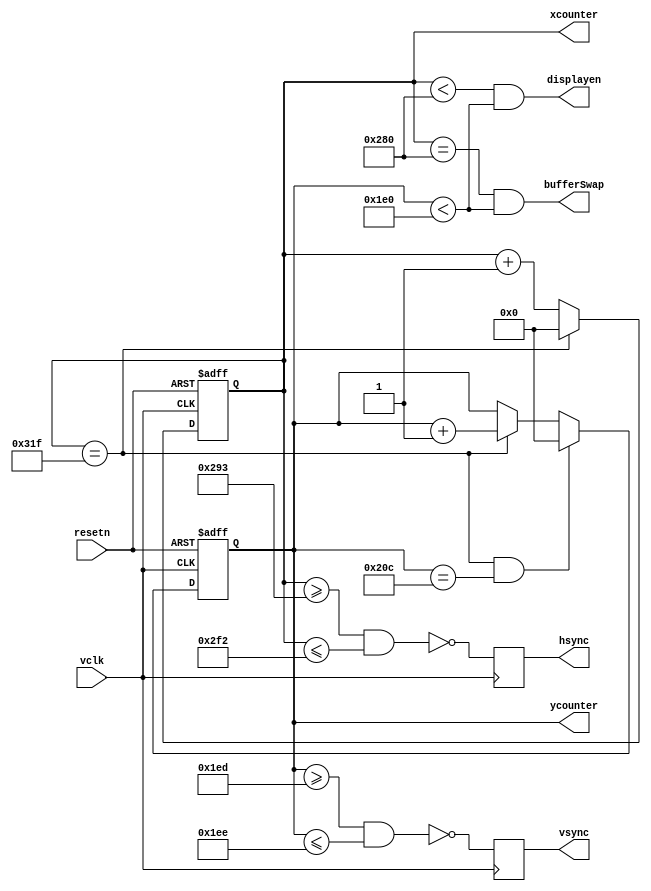
//VGA Controller
//xcounter and ycounter are pixel position currently drawn (when displayen is high)
//vsync and hsync outputs are active HIGH here (need to invert later)

module Crtc(
	input resetn,
	input vclk, 
	output reg [9:0] xcounter, 
	output reg [9:0] ycounter, 
	output displayen, 
	output reg hsync, 
	output reg vsync,
	output bufferSwap);

	wire xcounter_clear, ycounter_clear;
	
	//Timing information
	parameter C_VERT_NUM_PIXELS  = 10'd480;
	parameter C_VERT_SYNC_START  = 10'd493;
	parameter C_VERT_SYNC_END    = 10'd494; //(C_VERT_SYNC_START + 2 - 1); 
	parameter C_VERT_TOTAL_COUNT = 10'd525;

	parameter C_HORZ_NUM_PIXELS  = 10'd640;
	parameter C_HORZ_SYNC_START  = 10'd659;
	parameter C_HORZ_SYNC_END    = 10'd754; //(C_HORZ_SYNC_START + 96 - 1); 
	parameter C_HORZ_TOTAL_COUNT = 10'd800;

	
	//--- Horizontal Counter
	assign xcounter_clear = (xcounter == (C_HORZ_TOTAL_COUNT-1));

	always @(posedge vclk or negedge resetn)
	begin
		if (!resetn)
			xcounter <= 10'd0;
		else if (xcounter_clear)
			xcounter <= 10'd0;
		else
			xcounter <= xcounter + 1'b1;
	end


	//--- Vertical Counter
	assign ycounter_clear = (ycounter == (C_VERT_TOTAL_COUNT-1)); 

	always @(posedge vclk or negedge resetn)
	begin
		if (!resetn)
			ycounter <= 10'd0;
		else if (xcounter_clear && ycounter_clear)
			ycounter <= 10'd0;
		else if (xcounter_clear)		//Increment when x counter resets
			ycounter <= ycounter + 1'b1;
	end


	//--- Sync Generator (ACTIVE LOW)
	always @(posedge vclk)
	begin
		hsync <= ~((xcounter >= C_HORZ_SYNC_START) && (xcounter <= C_HORZ_SYNC_END));
		vsync <= ~((ycounter >= C_VERT_SYNC_START) && (ycounter <= C_VERT_SYNC_END));
	end


	//--- Current X and Y is valid pixel range
	assign displayen = ((xcounter < C_HORZ_NUM_PIXELS) && (ycounter < C_VERT_NUM_PIXELS));

	//Swap buffers at end of line
	assign bufferSwap = ((xcounter == C_HORZ_NUM_PIXELS) && (ycounter < C_VERT_NUM_PIXELS));

endmodule